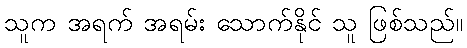
သူက အရက် အရမ်း သောက်နိုင် သူ ဖြစ်သည်။